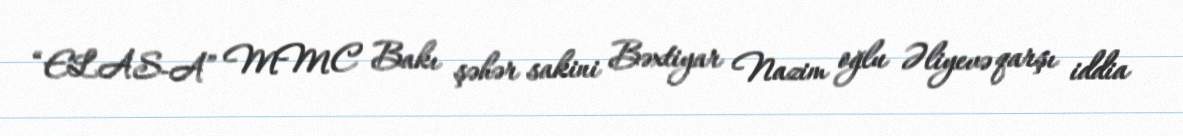
“ELAS-A” MMC Bakı şəhər sakini Bəxtiyar Nazim oğlu Əliyevə qarşı iddia